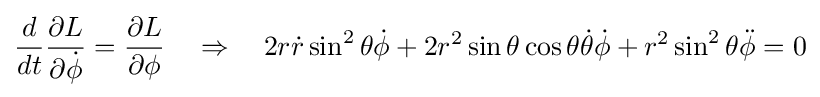
{\frac {d}{dt}}{\frac {\partial L}{\partial {\dot {\phi }}}}={\frac {\partial L}{\partial \phi }}\quad \Rightarrow \quad 2r{\dot {r}}\sin ^{2}\theta {\dot {\phi }}+2r^{2}\sin \theta \cos \theta {\dot {\theta }}{\dot {\phi }}+r^{2}\sin ^{2}\theta {\ddot {\phi }}=0